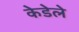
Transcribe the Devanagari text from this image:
केडेले